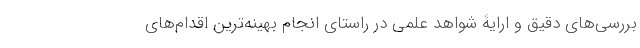
بررسی‌های دقیق و ارایۀ شواهد علمی در راستای انجام بهینه‌ترین اقدام‌های